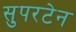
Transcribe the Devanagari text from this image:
सुपरटेन